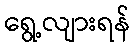
ရွေ့လျားရန်